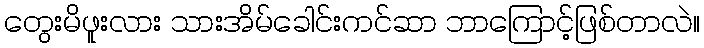
တွေးမိဖူးလား သားအိမ်ခေါင်းကင်ဆာ ဘာကြောင့်ဖြစ်တာလဲ။